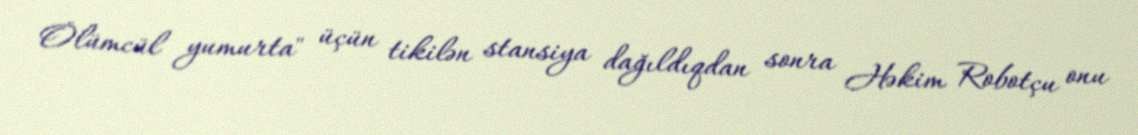
Ölümcül yumurta" üçün tikilən stansiya dağıldıqdan sonra Həkim Robotçu onu